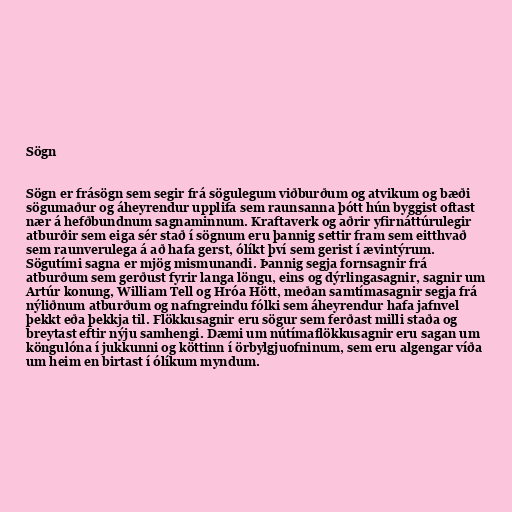
Sögn

Sögn er frásögn sem segir frá sögulegum viðburðum og atvikum og bæði
sögumaður og áheyrendur upplifa sem raunsanna þótt hún byggist oftast
nær á hefðbundnum sagnaminnum. Kraftaverk og aðrir yfirnáttúrulegir
atburðir sem eiga sér stað í sögnum eru þannig settir fram sem eitthvað
sem raunverulega á að hafa gerst, ólíkt því sem gerist í ævintýrum.
Sögutími sagna er mjög mismunandi. Þannig segja fornsagnir frá
atburðum sem gerðust fyrir langa löngu, eins og dýrlingasagnir, sagnir um
Artúr konung, William Tell og Hróa Hött, meðan samtímasagnir segja frá
nýliðnum atburðum og nafngreindu fólki sem áheyrendur hafa jafnvel
þekkt eða þekkja til. Flökkusagnir eru sögur sem ferðast milli staða og
breytast eftir nýju samhengi. Dæmi um nútímaflökkusagnir eru sagan um
köngulóna í jukkunni og köttinn í örbylgjuofninum, sem eru algengar víða
um heim en birtast í ólíkum myndum.